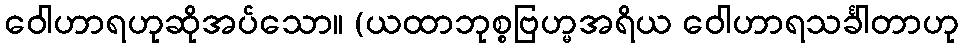
ဝေါဟာရဟုဆိုအပ်သော။ (ယထာဘုစ္စဗြဟ္မအရိယ ဝေါဟာရသင်္ခါတာဟု